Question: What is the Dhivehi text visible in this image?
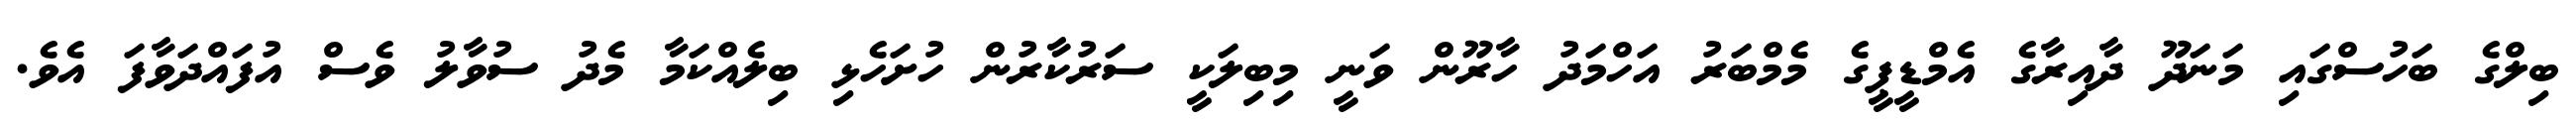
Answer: ބިލްގެ ބަހުސްގައި މަނަދޫ ދާއިރާގެ އެމްޑީޕީގެ މެމްބަރު އަހްމަދު ހާރޫން ވަނީ މިބިލަކީ ސަރުކާރުން ހުށަހެޅި ބިލެއްކަމާ މެދު ސުވާލު ވެސް އުފައްދަވާފަ އެވެ.